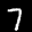
Label: 7